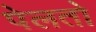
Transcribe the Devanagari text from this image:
पेलतो